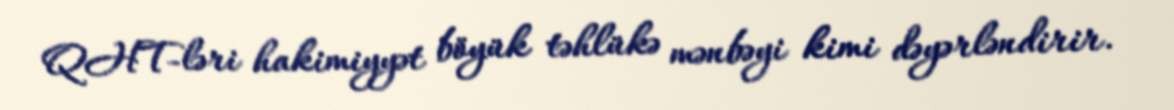
QHT-ləri hakimiyyət böyük təhlükə mənbəyi kimi dəyərləndirir.